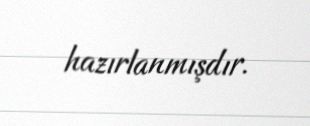
hazırlanmışdır.